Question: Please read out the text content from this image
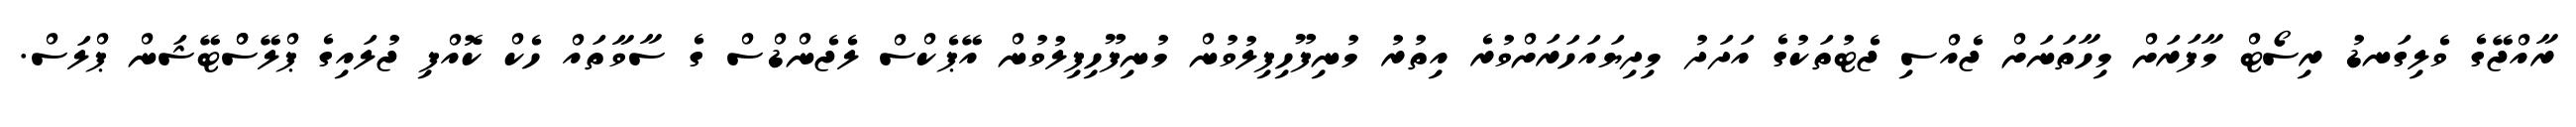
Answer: ރާއްޖޭގެ ވެލިގަނޑު ރިސޯޓް މާފަރަށް މިހާތަނަށް ޖެއްސި ޖެޓުތަކުގެ އަދަދު މިދިޔައަހަރަށްވުރެ އިތުރު މުނިފޫހިފިލުވުން މުނިފޫހިފިލުވުން އޭޕެކްސް ލެޖެންޑްސް ގެ ސާވާތައް ހެކް ކޮއްފި ޖުލައިގެ ޕްލޭސްްޓޭޝަން ޕްލަސް.